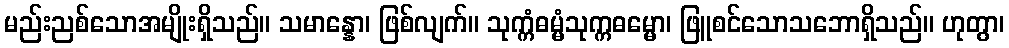
မည်းညစ်သောအမျိုးရှိသည်။ သမာန္နော၊ ဖြစ်လျက်။ သုက္ကံဓမ္မံသုက္ကဓမ္မော၊ ဖြူစင်သောသဘောရှိသည်။ ဟုတွာ၊